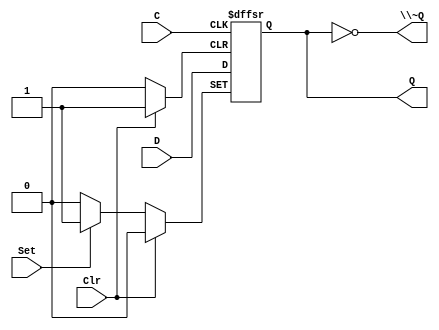
// This program was cloned from: https://github.com/rj45/rj32
// License: MIT License

/*
 * Generated by Digital. Don't modify this file!
 * Any changes will be lost if this file is regenerated.
 */

module rj32_DIG_D_FF_AS_1bit
#(
    parameter Default = 0
)
(
   input Set,
   input D,
   input C,
   input Clr,
   output Q,
   output \~Q
);
    reg state;

    assign Q = state;
    assign \~Q  = ~state;

    always @ (posedge C or posedge Clr or posedge Set)
    begin
        if (Set)
            state <= 1'b1;
        else if (Clr)
            state <= 'h0;
        else
            state <= D;
    end

    initial begin
        state = Default;
    end
endmodule

module rj32_DIG_Counter_Nbit
#(
    parameter Bits = 2
)
(
    output [(Bits-1):0] out,
    output ovf,
    input C,
    input en,
    input clr
);
    reg [(Bits-1):0] count;

    always @ (posedge C) begin
        if (clr)
          count <= 'h0;
        else if (en)
          count <= count + 1'b1;
    end

    assign out = count;
    assign ovf = en? &count : 1'b0;

    initial begin
        count = 'h0;
    end
endmodule


module rj32_Mux_2x1
(
    input [0:0] sel,
    input in_0,
    input in_1,
    output reg out
);
    always @ (*) begin
        case (sel)
            1'h0: out = in_0;
            1'h1: out = in_1;
            default:
                out = 'h0;
        endcase
    end
endmodule

module rj32_DIG_D_FF_1bit
#(
    parameter Default = 0
)
(
   input D,
   input C,
   output Q,
   output \~Q
);
    reg state;

    assign Q = state;
    assign \~Q = ~state;

    always @ (posedge C) begin
        state <= D;
    end

    initial begin
        state = Default;
    end
endmodule


module rj32_clockctrl (
  input clock,
  input step,
  input slow,
  input fast,
  input faster,
  input efast,
  output stall
);
  wire s0;
  wire s1;
  wire s2;
  wire s3;
  wire s4;
  wire s5;
  wire [22:0] s6;
  wire s7;
  wire s8;
  wire s9;
  wire s10;
  wire s11;
  rj32_DIG_D_FF_AS_1bit #(
    .Default(0)
  )
  DIG_D_FF_AS_1bit_i0 (
    .Set( 1'b0 ),
    .D( s3 ),
    .C( clock ),
    .Clr( step ),
    .Q( s4 )
  );
  assign s3 = (s4 | slow);
  rj32_DIG_Counter_Nbit #(
    .Bits(23)
  )
  DIG_Counter_Nbit_i1 (
    .en( s4 ),
    .C( clock ),
    .clr( step ),
    .out( s6 )
  );
  assign s5 = (s7 | step);
  rj32_DIG_D_FF_AS_1bit #(
    .Default(0)
  )
  DIG_D_FF_AS_1bit_i2 (
    .Set( 1'b0 ),
    .D( s10 ),
    .C( clock ),
    .Clr( step ),
    .Q( s11 )
  );
  assign s10 = (fast | efast | s11);
  rj32_Mux_2x1 Mux_2x1_i3 (
    .sel( faster ),
    .in_0( s8 ),
    .in_1( s9 ),
    .out( s7 )
  );
  rj32_DIG_D_FF_AS_1bit #(
    .Default(0)
  )
  DIG_D_FF_AS_1bit_i4 (
    .Set( s5 ),
    .D( 1'b0 ),
    .C( clock ),
    .Clr( 1'b0 ),
    .Q( s1 )
  );
  assign s8 = s6[22];
  assign s9 = s6[8];
  rj32_DIG_D_FF_1bit #(
    .Default(0)
  )
  DIG_D_FF_1bit_i5 (
    .D( s1 ),
    .C( clock ),
    .\~Q ( s2 )
  );
  assign s0 = ((s1 & s2) | s11);
  rj32_DIG_D_FF_1bit #(
    .Default(0)
  )
  DIG_D_FF_1bit_i6 (
    .D( s0 ),
    .C( clock ),
    .\~Q ( stall )
  );
endmodule

module rj32_Mux_2x1_NBits #(
    parameter Bits = 2
)
(
    input [0:0] sel,
    input [(Bits - 1):0] in_0,
    input [(Bits - 1):0] in_1,
    output reg [(Bits - 1):0] out
);
    always @ (*) begin
        case (sel)
            1'h0: out = in_0;
            1'h1: out = in_1;
            default:
                out = 'h0;
        endcase
    end
endmodule


module rj32_DIG_CounterPreset #(
    parameter Bits = 2,
    parameter maxValue = 4
)
(
    input C,
    input en,
    input clr,
    input dir,
    input [(Bits-1):0] in,
    input ld,
    output [(Bits-1):0] out,
    output ovf
);

    reg [(Bits-1):0] count = 'h0;

    function [(Bits-1):0] maxVal (input [(Bits-1):0] maxv);
        if (maxv == 0)
            maxVal = (1 << Bits) - 1;
        else
            maxVal = maxv;
    endfunction

    assign out = count;
    assign ovf = ((count == maxVal(maxValue) & dir == 1'b0)
                  | (count == 'b0 & dir == 1'b1))? en : 1'b0;

    always @ (posedge C) begin
        if (clr == 1'b1)
            count <= 'h0;
        else if (ld == 1'b1)
            count <= in;
        else if (en == 1'b1) begin
            if (dir == 1'b0) begin
                if (count == maxVal(maxValue))
                    count <= 'h0;
                else
                    count <= count + 1'b1;
            end
            else begin
                if (count == 'h0)
                    count <= maxVal(maxValue);
                else
                    count <= count - 1;
            end
        end
    end
endmodule


module rj32_DIG_Register_BUS #(
    parameter Bits = 1
)
(
    input C,
    input en,
    input [(Bits - 1):0]D,
    output [(Bits - 1):0]Q
);

    reg [(Bits - 1):0] state = 'h0;

    assign Q = state;

    always @ (posedge C) begin
        if (en)
            state <= D;
   end
endmodule

module rj32_fetch (
  input [15:0] result,
  input [15:0] instr_i,
  input clock,
  input fetch,
  input jump,
  input en,
  output [15:0] instr_o,
  output [15:0] pc
);
  wire s0;
  wire s1;
  wire [15:0] s2;
  assign s1 = (jump & en);
  assign s0 = (fetch & s1);
  rj32_Mux_2x1_NBits #(
    .Bits(16)
  )
  Mux_2x1_NBits_i0 (
    .sel( s1 ),
    .in_0( instr_i ),
    .in_1( 16'b0 ),
    .out( s2 )
  );
  // PC
  rj32_DIG_CounterPreset #(
    .Bits(16),
    .maxValue(0)
  )
  DIG_CounterPreset_i1 (
    .en( fetch ),
    .C( clock ),
    .dir( 1'b0 ),
    .in( result ),
    .ld( s0 ),
    .clr( 1'b0 ),
    .out( pc )
  );
  // IR
  rj32_DIG_Register_BUS #(
    .Bits(16)
  )
  DIG_Register_BUS_i2 (
    .D( s2 ),
    .C( clock ),
    .en( fetch ),
    .Q( instr_o )
  );
endmodule

module rj32_DIG_Register
(
    input C,
    input en,
    input D,
    output Q
);

    reg  state = 'h0;

    assign Q = state;

    always @ (posedge C) begin
        if (en)
            state <= D;
   end
endmodule

module rj32_CompUnsigned #(
    parameter Bits = 1
)
(
    input [(Bits -1):0] a,
    input [(Bits -1):0] b,
    output \> ,
    output \= ,
    output \<
);
    assign \> = a > b;
    assign \= = a == b;
    assign \< = a < b;
endmodule


module rj32_mcsequencer (
  input [4:0] op,
  input clock,
  input en,
  input [2:0] flags,
  input [2:0] fmask,
  input [4:0] next_t,
  input [4:0] next_f,
  output [5:0] uop,
  output \~nbusy ,
  output busy
);
  wire [4:0] s0;
  wire [4:0] s1;
  wire s2;
  wire [4:0] s3;
  wire s4;
  wire \~nbusy_temp ;
  wire s5;
  wire s6;
  wire [2:0] s7;
  assign s7 = (flags & fmask);
  // true?
  rj32_CompUnsigned #(
    .Bits(3)
  )
  CompUnsigned_i0 (
    .a( s7 ),
    .b( fmask ),
    .\= ( s6 )
  );
  rj32_Mux_2x1_NBits #(
    .Bits(5)
  )
  Mux_2x1_NBits_i1 (
    .sel( s6 ),
    .in_0( next_f ),
    .in_1( next_t ),
    .out( s0 )
  );
  // step
  rj32_DIG_Register_BUS #(
    .Bits(5)
  )
  DIG_Register_BUS_i2 (
    .D( s0 ),
    .C( clock ),
    .en( en ),
    .Q( s1 )
  );
  // ~nbusy?
  rj32_CompUnsigned #(
    .Bits(5)
  )
  CompUnsigned_i3 (
    .a( s0 ),
    .b( 5'b0 ),
    .\= ( s4 )
  );
  // op?
  rj32_CompUnsigned #(
    .Bits(5)
  )
  CompUnsigned_i4 (
    .a( s1 ),
    .b( 5'b0 ),
    .\= ( s2 )
  );
  assign \~nbusy_temp  = (s4 | ~ en);
  rj32_Mux_2x1_NBits #(
    .Bits(5)
  )
  Mux_2x1_NBits_i5 (
    .sel( s2 ),
    .in_0( s1 ),
    .in_1( op ),
    .out( s3 )
  );
  assign s5 = ~ \~nbusy_temp ;
  assign uop[4:0] = s3;
  assign uop[5] = ~ s2;
  // busy?
  rj32_DIG_Register DIG_Register_i6 (
    .D( s5 ),
    .C( clock ),
    .en( en ),
    .Q( busy )
  );
  assign \~nbusy  = \~nbusy_temp ;
endmodule
module rj32_DIG_ROM_64X32_Microcode (
    input [5:0] A,
    input sel,
    output reg [31:0] D
);
    reg [31:0] my_rom [0:38];

    always @ (*) begin
        if (~sel)
            D = 32'hz;
        else if (A > 6'h26)
            D = 32'h0;
        else
            D = my_rom[A];
    end

    initial begin
        my_rom[0] = 32'h0;
        my_rom[1] = 32'h0;
        my_rom[2] = 32'h8400002;
        my_rom[3] = 32'h10800001;
        my_rom[4] = 32'h34;
        my_rom[5] = 32'h0;
        my_rom[6] = 32'h700;
        my_rom[7] = 32'h0;
        my_rom[8] = 32'h0;
        my_rom[9] = 32'h4;
        my_rom[10] = 32'h304;
        my_rom[11] = 32'h0;
        my_rom[12] = 32'h20c80040;
        my_rom[13] = 32'h314800c0;
        my_rom[14] = 32'h540;
        my_rom[15] = 32'hc0;
        my_rom[16] = 32'h100;
        my_rom[17] = 32'h108;
        my_rom[18] = 32'h100;
        my_rom[19] = 32'h108;
        my_rom[20] = 32'h128;
        my_rom[21] = 32'h130;
        my_rom[22] = 32'h138;
        my_rom[23] = 32'h118;
        my_rom[24] = 32'h110;
        my_rom[25] = 32'h120;
        my_rom[26] = 32'h808;
        my_rom[27] = 32'h1008;
        my_rom[28] = 32'h1808;
        my_rom[29] = 32'h2008;
        my_rom[30] = 32'h2808;
        my_rom[31] = 32'h3008;
        my_rom[32] = 32'h0;
        my_rom[33] = 32'h8400002;
        my_rom[34] = 32'h10800001;
        my_rom[35] = 32'h500;
        my_rom[36] = 32'h20c80040;
        my_rom[37] = 32'h0;
        my_rom[38] = 32'h314800c0;
    end
endmodule


module rj32_control (
  input [4:0] op,
  input stall,
  input clock,
  input skip_n,
  input ack,
  output [2:0] aluop,
  output [2:0] cond,
  output skip,
  output halt,
  output error,
  output en_write,
  output mem,
  output store,
  output en_fetch,
  output jump,
  output write,
  output [1:0] wrmux
);
  wire skip_temp;
  wire en_write_temp;
  wire en_skip;
  wire [5:0] s0;
  wire [31:0] s1;
  wire [2:0] s2;
  wire [4:0] s3;
  wire [4:0] s4;
  wire [2:0] flags;
  wire \~nbusy_t ;
  wire busy;
  assign flags[0] = ack;
  assign flags[1] = 1'b0;
  assign flags[2] = 1'b0;
  // skip
  rj32_DIG_Register DIG_Register_i0 (
    .D( skip_n ),
    .C( clock ),
    .en( en_skip ),
    .Q( skip_temp )
  );
  rj32_mcsequencer mcsequencer_i1 (
    .op( op ),
    .clock( clock ),
    .en( en_write_temp ),
    .flags( flags ),
    .fmask( s2 ),
    .next_t( s3 ),
    .next_f( s4 ),
    .uop( s0 ),
    .\~nbusy ( \~nbusy_t  ),
    .busy( busy )
  );
  assign en_skip = (~ stall | busy);
  assign en_write_temp = (~ skip_temp & en_skip);
  // Microcode
  rj32_DIG_ROM_64X32_Microcode DIG_ROM_64X32_Microcode_i2 (
    .A( s0 ),
    .sel( 1'b1 ),
    .D( s1 )
  );
  assign en_fetch = (en_skip & \~nbusy_t );
  assign halt = (en_write_temp & s1[0]);
  assign error = (s1[1] & en_write_temp);
  assign jump = s1[2];
  assign aluop = s1[5:3];
  assign mem = s1[6];
  assign store = s1[7];
  assign write = s1[8];
  assign wrmux = s1[10:9];
  assign cond = s1[13:11];
  assign s2 = s1[21:19];
  assign s3 = s1[26:22];
  assign s4 = s1[31:27];
  assign skip = skip_temp;
  assign en_write = en_write_temp;
endmodule

module rj32_Mux_4x1_NBits #(
    parameter Bits = 2
)
(
    input [1:0] sel,
    input [(Bits - 1):0] in_0,
    input [(Bits - 1):0] in_1,
    input [(Bits - 1):0] in_2,
    input [(Bits - 1):0] in_3,
    output reg [(Bits - 1):0] out
);
    always @ (*) begin
        case (sel)
            2'h0: out = in_0;
            2'h1: out = in_1;
            2'h2: out = in_2;
            2'h3: out = in_3;
            default:
                out = 'h0;
        endcase
    end
endmodule


module rj32_writeback (
  input [15:0] L,
  input [15:0] R,
  input [15:0] result,
  input [15:0] rdval,
  input [15:0] D,
  input [1:0] wrmux,
  output [15:0] wrval,
  output [15:0] result_out,
  output [15:0] rdval_out
);
  rj32_Mux_4x1_NBits #(
    .Bits(16)
  )
  Mux_4x1_NBits_i0 (
    .sel( wrmux ),
    .in_0( result ),
    .in_1( L ),
    .in_2( D ),
    .in_3( R ),
    .out( wrval )
  );
  assign result_out = result;
  assign rdval_out = rdval;
endmodule

module rj32_memaccess (
  input [15:0] result,
  input [15:0] rdval,
  input store,
  input en,
  output [15:0] A,
  output str,
  output [15:0] D_in
);
  assign str = (store & en);
  assign A = result;
  assign D_in = rdval;
endmodule

module rj32_Decoder2 (
    output out_0,
    output out_1,
    output out_2,
    output out_3,
    input [1:0] sel
);
    assign out_0 = (sel == 2'h0)? 1'b1 : 1'b0;
    assign out_1 = (sel == 2'h1)? 1'b1 : 1'b0;
    assign out_2 = (sel == 2'h2)? 1'b1 : 1'b0;
    assign out_3 = (sel == 2'h3)? 1'b1 : 1'b0;
endmodule


module rj32_Demux1
(
    output out_0,
    output out_1,
    input [0:0] sel,
    input in
);
    assign out_0 = (sel == 1'h0)? in : 'd0;
    assign out_1 = (sel == 1'h1)? in : 'd0;
endmodule


module rj32_instdecoder (
  input [1:0] fmt,
  input [4:0] op0,
  output [4:0] op,
  output rd_valid,
  output rs_valid,
  output imm_valid,
  output mem,
  output i11
);
  wire rr;
  wire s0;
  wire mem_temp;
  wire ri6;
  wire [4:0] s1;
  wire [4:0] s2;
  wire [4:0] s3;
  wire [4:0] s4;
  wire i11_temp;
  wire s5;
  wire ri8;
  wire [4:0] s6;
  rj32_Decoder2 Decoder2_i0 (
    .sel( fmt ),
    .out_0( rr ),
    .out_1( s0 ),
    .out_2( mem_temp ),
    .out_3( ri6 )
  );
  assign s2[1:0] = op0[1:0];
  assign s2[4:2] = 3'b11;
  assign s4[0] = op0[1];
  assign s4[4:1] = 4'b11;
  assign s3[3:0] = op0[3:0];
  assign s3[4] = 1'b1;
  assign s6[1:0] = op0[2:1];
  assign s6[4:2] = 3'b10;
  assign s5 = op0[0];
  assign rs_valid = (mem_temp | rr);
  assign imm_valid = ~ (rr | mem_temp);
  rj32_Demux1 Demux1_i1 (
    .sel( s5 ),
    .in( s0 ),
    .out_0( ri8 ),
    .out_1( i11_temp )
  );
  rj32_Mux_2x1_NBits #(
    .Bits(5)
  )
  Mux_2x1_NBits_i2 (
    .sel( s5 ),
    .in_0( s4 ),
    .in_1( s6 ),
    .out( s1 )
  );
  rj32_Mux_4x1_NBits #(
    .Bits(5)
  )
  Mux_4x1_NBits_i3 (
    .sel( fmt ),
    .in_0( op0 ),
    .in_1( s1 ),
    .in_2( s2 ),
    .in_3( s3 ),
    .out( op )
  );
  assign rd_valid = ~ i11_temp;
  assign mem = mem_temp;
  assign i11 = i11_temp;
endmodule
module rj32_DIG_BitExtender #(
    parameter inputBits = 2,
    parameter outputBits = 4
)
(
    input [(inputBits-1):0] in,
    output [(outputBits - 1):0] out
);
    assign out = {{(outputBits - inputBits){in[inputBits - 1]}}, in};
endmodule




module rj32_decoder (
  input [15:0] rdval,
  input [15:0] rsval,
  input [15:0] instr,
  input [15:0] pc,
  input jump,
  output [3:0] rs,
  output [3:0] rd,
  output [15:0] L,
  output [15:0] R,
  output [4:0] op,
  output rs_valid,
  output rd_valid,
  output [15:0] imm,
  output immv
);
  wire [1:0] fmt;
  wire [4:0] op0;
  wire rd_valid_temp;
  wire rs_valid_temp;
  wire imm_valid;
  wire mem;
  wire i11;
  wire [3:0] rs_i;
  wire [3:0] rd_i;
  wire [5:0] s0;
  wire [7:0] s1;
  wire [10:0] s2;
  wire [15:0] imm11;
  wire [15:0] imm6;
  wire [15:0] imm_temp;
  wire [15:0] s3;
  wire [15:0] imm8;
  wire [15:0] off4;
  wire [15:0] s4;
  assign off4[3:0] = instr[7:4];
  assign off4[15:4] = 12'b0;
  rj32_Mux_2x1_NBits #(
    .Bits(16)
  )
  Mux_2x1_NBits_i0 (
    .sel( jump ),
    .in_0( rdval ),
    .in_1( pc ),
    .out( s3 )
  );
  assign fmt = instr[1:0];
  assign op0 = instr[6:2];
  assign rs_i = instr[11:8];
  assign rd_i = instr[15:12];
  assign s0 = instr[11:6];
  assign s1 = instr[11:4];
  assign s2 = instr[15:5];
  rj32_instdecoder instdecoder_i1 (
    .fmt( fmt ),
    .op0( op0 ),
    .op( op ),
    .rd_valid( rd_valid_temp ),
    .rs_valid( rs_valid_temp ),
    .imm_valid( imm_valid ),
    .mem( mem ),
    .i11( i11 )
  );
  rj32_DIG_BitExtender #(
    .inputBits(11),
    .outputBits(16)
  )
  DIG_BitExtender_i2 (
    .in( s2 ),
    .out( imm11 )
  );
  rj32_DIG_BitExtender #(
    .inputBits(6),
    .outputBits(16)
  )
  DIG_BitExtender_i3 (
    .in( s0 ),
    .out( imm6 )
  );
  rj32_DIG_BitExtender #(
    .inputBits(8),
    .outputBits(16)
  )
  DIG_BitExtender_i4 (
    .in( s1 ),
    .out( imm8 )
  );
  rj32_Mux_2x1_NBits #(
    .Bits(4)
  )
  Mux_2x1_NBits_i5 (
    .sel( rd_valid_temp ),
    .in_0( 4'b0 ),
    .in_1( rd_i ),
    .out( rd )
  );
  rj32_Mux_2x1_NBits #(
    .Bits(4)
  )
  Mux_2x1_NBits_i6 (
    .sel( rs_valid_temp ),
    .in_0( 4'b0 ),
    .in_1( rs_i ),
    .out( rs )
  );
  assign immv = (imm_valid | mem);
  rj32_Mux_2x1_NBits #(
    .Bits(16)
  )
  Mux_2x1_NBits_i7 (
    .sel( i11 ),
    .in_0( imm8 ),
    .in_1( imm11 ),
    .out( s4 )
  );
  rj32_Mux_4x1_NBits #(
    .Bits(16)
  )
  Mux_4x1_NBits_i8 (
    .sel( fmt ),
    .in_0( 16'b0 ),
    .in_1( s4 ),
    .in_2( off4 ),
    .in_3( imm6 ),
    .out( imm_temp )
  );
  rj32_Mux_2x1_NBits #(
    .Bits(16)
  )
  Mux_2x1_NBits_i9 (
    .sel( imm_valid ),
    .in_0( rsval ),
    .in_1( imm_temp ),
    .out( R )
  );
  rj32_Mux_2x1_NBits #(
    .Bits(16)
  )
  Mux_2x1_NBits_i10 (
    .sel( mem ),
    .in_0( s3 ),
    .in_1( imm_temp ),
    .out( L )
  );
  assign rs_valid = rs_valid_temp;
  assign rd_valid = rd_valid_temp;
  assign imm = imm_temp;
endmodule
module rj32_DIG_BitExtenderSingle #(
    parameter outputBits = 2
)
(
    input in,
    output [(outputBits - 1):0] out
);
    assign out = {outputBits{in}};
endmodule



module rj32_DIG_Add
#(
    parameter Bits = 1
)
(
    input [(Bits-1):0] a,
    input [(Bits-1):0] b,
    input c_i,
    output [(Bits - 1):0] s,
    output c_o
);
   wire [Bits:0] temp;

   assign temp = a + b + c_i;
   assign s = temp [(Bits-1):0];
   assign c_o = temp[Bits];
endmodule



module rj32_funnelshifter (
  input [15:0] I,
  input [3:0] amt,
  input dir,
  input arith,
  output [15:0] O
);
  wire [1:0] s0;
  wire [15:0] s1;
  wire [15:0] s2;
  wire [15:0] s3;
  wire [15:0] s4;
  wire [15:0] s5;
  wire [18:0] s6;
  wire [1:0] s7;
  wire [18:0] s8;
  wire [18:0] s9;
  wire [18:0] s10;
  wire [18:0] s11;
  wire [30:0] s12;
  wire [3:0] s13;
  wire [15:0] s14;
  wire [15:0] s15;
  wire [31:0] s16;
  wire [3:0] s17;
  wire s18;
  wire [3:0] s19;
  wire [15:0] s20;
  wire s21;
  wire [15:0] s22;
  assign s19 = ~ amt;
  assign s21 = I[15];
  rj32_Mux_2x1_NBits #(
    .Bits(4)
  )
  Mux_2x1_NBits_i0 (
    .sel( dir ),
    .in_0( amt ),
    .in_1( s19 ),
    .out( s17 )
  );
  rj32_DIG_BitExtenderSingle #(
    .outputBits(16)
  )
  DIG_BitExtenderSingle_i1 (
    .in( s21 ),
    .out( s22 )
  );
  rj32_DIG_Add #(
    .Bits(4)
  )
  DIG_Add_i2 (
    .a( 4'b0 ),
    .b( s17 ),
    .c_i( dir ),
    .s( s13 ),
    .c_o( s18 )
  );
  rj32_Mux_2x1_NBits #(
    .Bits(16)
  )
  Mux_2x1_NBits_i3 (
    .sel( arith ),
    .in_0( 16'b0 ),
    .in_1( s22 ),
    .out( s20 )
  );
  rj32_Mux_2x1_NBits #(
    .Bits(16)
  )
  Mux_2x1_NBits_i4 (
    .sel( dir ),
    .in_0( I ),
    .in_1( s20 ),
    .out( s14 )
  );
  rj32_Mux_2x1_NBits #(
    .Bits(16)
  )
  Mux_2x1_NBits_i5 (
    .sel( dir ),
    .in_0( s20 ),
    .in_1( I ),
    .out( s15 )
  );
  assign s0 = s13[1:0];
  assign s7 = s13[3:2];
  assign s16[15:0] = s14;
  assign s16[31:16] = s15;
  assign s12 = s16[30:0];
  assign s8 = s12[18:0];
  assign s9 = s12[22:4];
  assign s10 = s12[26:8];
  assign s11 = s12[30:12];
  rj32_Mux_4x1_NBits #(
    .Bits(19)
  )
  Mux_4x1_NBits_i6 (
    .sel( s7 ),
    .in_0( s8 ),
    .in_1( s9 ),
    .in_2( s10 ),
    .in_3( s11 ),
    .out( s6 )
  );
  assign s1 = s6[15:0];
  assign s2 = s6[16:1];
  assign s3 = s6[17:2];
  assign s4 = s6[18:3];
  rj32_Mux_4x1_NBits #(
    .Bits(16)
  )
  Mux_4x1_NBits_i7 (
    .sel( s0 ),
    .in_0( s1 ),
    .in_1( s2 ),
    .in_2( s3 ),
    .in_3( s4 ),
    .out( s5 )
  );
  rj32_Mux_2x1_NBits #(
    .Bits(16)
  )
  Mux_2x1_NBits_i8 (
    .sel( s18 ),
    .in_0( s5 ),
    .in_1( s15 ),
    .out( O )
  );
endmodule

module rj32_Mux_8x1_NBits #(
    parameter Bits = 2
)
(
    input [2:0] sel,
    input [(Bits - 1):0] in_0,
    input [(Bits - 1):0] in_1,
    input [(Bits - 1):0] in_2,
    input [(Bits - 1):0] in_3,
    input [(Bits - 1):0] in_4,
    input [(Bits - 1):0] in_5,
    input [(Bits - 1):0] in_6,
    input [(Bits - 1):0] in_7,
    output reg [(Bits - 1):0] out
);
    always @ (*) begin
        case (sel)
            3'h0: out = in_0;
            3'h1: out = in_1;
            3'h2: out = in_2;
            3'h3: out = in_3;
            3'h4: out = in_4;
            3'h5: out = in_5;
            3'h6: out = in_6;
            3'h7: out = in_7;
            default:
                out = 'h0;
        endcase
    end
endmodule


module rj32_Mux_8x1
(
    input [2:0] sel,
    input in_0,
    input in_1,
    input in_2,
    input in_3,
    input in_4,
    input in_5,
    input in_6,
    input in_7,
    output reg out
);
    always @ (*) begin
        case (sel)
            3'h0: out = in_0;
            3'h1: out = in_1;
            3'h2: out = in_2;
            3'h3: out = in_3;
            3'h4: out = in_4;
            3'h5: out = in_5;
            3'h6: out = in_6;
            3'h7: out = in_7;
            default:
                out = 'h0;
        endcase
    end
endmodule


module rj32_execute (
  input [15:0] L,
  input [15:0] R,
  input [2:0] op,
  input [2:0] cond,
  output [15:0] L_out,
  output [15:0] R_out,
  output [15:0] result,
  output skip_n
);
  wire [15:0] s0;
  wire [15:0] s1;
  wire [15:0] \xor ;
  wire [15:0] s2;
  wire [15:0] s3;
  wire s4;
  wire [15:0] s5;
  wire [15:0] s6;
  wire s7;
  wire s8;
  wire hs;
  wire ne;
  wire eq;
  wire ge;
  wire lt;
  wire [3:0] s9;
  assign s5 = ~ R;
  assign \xor  = (L ^ R);
  assign s2 = (L & R);
  assign s3 = (L | R);
  assign s4 = op[0];
  assign s7 = op[2];
  assign s9 = R[3:0];
  rj32_Mux_2x1_NBits #(
    .Bits(16)
  )
  Mux_2x1_NBits_i0 (
    .sel( s4 ),
    .in_0( R ),
    .in_1( s5 ),
    .out( s6 )
  );
  // eq
  rj32_CompUnsigned #(
    .Bits(16)
  )
  CompUnsigned_i1 (
    .a( \xor  ),
    .b( 16'b0 ),
    .\= ( ne )
  );
  rj32_funnelshifter funnelshifter_i2 (
    .I( L ),
    .amt( s9 ),
    .dir( s4 ),
    .arith( s7 ),
    .O( s1 )
  );
  assign eq = ~ ne;
  rj32_DIG_Add #(
    .Bits(16)
  )
  DIG_Add_i3 (
    .a( L ),
    .b( s6 ),
    .c_i( s4 ),
    .s( s0 ),
    .c_o( s8 )
  );
  rj32_Mux_8x1_NBits #(
    .Bits(16)
  )
  Mux_8x1_NBits_i4 (
    .sel( op ),
    .in_0( s0 ),
    .in_1( s0 ),
    .in_2( s1 ),
    .in_3( s1 ),
    .in_4( s1 ),
    .in_5( \xor  ),
    .in_6( s2 ),
    .in_7( s3 ),
    .out( result )
  );
  assign hs = ~ s8;
  assign ge = (s0[15] ^ ((L[15] & s6[15] & ~ s0[15]) | (~ L[15] & ~ s6[15] & s0[15])));
  assign lt = ~ ge;
  rj32_Mux_8x1 Mux_8x1_i5 (
    .sel( cond ),
    .in_0( 1'b0 ),
    .in_1( eq ),
    .in_2( ne ),
    .in_3( lt ),
    .in_4( ge ),
    .in_5( s8 ),
    .in_6( hs ),
    .in_7( 1'b0 ),
    .out( skip_n )
  );
  assign L_out = L;
  assign R_out = R;
endmodule
module rj32_DIG_RegisterFile
#(
    parameter Bits = 8,
    parameter AddrBits = 4
)
(
    input [(Bits-1):0] Din,
    input we,
    input [(AddrBits-1):0] Rw,
    input C,
    input [(AddrBits-1):0] Ra,
    input [(AddrBits-1):0] Rb,
    output [(Bits-1):0] Da,
    output [(Bits-1):0] Db
);

    reg [(Bits-1):0] memory[0:((1 << AddrBits)-1)];

    assign Da = memory[Ra];
    assign Db = memory[Rb];

    always @ (posedge C) begin
        if (we)
            memory[Rw] <= Din;
    end
endmodule


module rj32_regfile (
  input [3:0] rs,
  input [3:0] rd,
  input [15:0] wrval,
  input clock,
  input en,
  input wr,
  output [15:0] rdval,
  output [15:0] rsval
);
  wire s0;
  assign s0 = (en & wr);
  rj32_DIG_RegisterFile #(
    .Bits(16),
    .AddrBits(4)
  )
  DIG_RegisterFile_i0 (
    .Din( wrval ),
    .we( s0 ),
    .Rw( rd ),
    .C( clock ),
    .Ra( rd ),
    .Rb( rs ),
    .Da( rdval ),
    .Db( rsval )
  );
endmodule
module rj32_DIG_RAMDualAccess
#(
    parameter Bits = 8,
    parameter AddrBits = 4
)
(
    input C, // Clock signal
    input ld,
    input [(AddrBits-1):0] \1A ,
    input [(AddrBits-1):0] \2A ,
    input [(Bits-1):0] \1Din ,
    input str,
    output [(Bits-1):0] \1D ,
    output [(Bits-1):0] \2D
);
    // CAUTION: uses distributed RAM
    reg [(Bits-1):0] memory [0:((1 << AddrBits)-1)];

    assign \1D = ld? memory[\1A ] : 'hz;
    assign \2D = memory[\2A ];

    always @ (posedge C) begin
        if (str)
            memory[\1A ] <= \1Din ;
    end

endmodule



module rj32_debugregs (
  input [15:0] data_in,
  input valid_in,
  input [7:0] addr_in,
  input ready_in,
  input write,
  input en,
  input clock,
  input [3:0] rd,
  input [15:0] wrval,
  input [7:0] sel,
  output [15:0] data_out,
  output valid_out,
  output [7:0] addr_out,
  output ready_out
);
  wire s0;
  wire [3:0] s1;
  wire [15:0] s2;
  wire [3:0] s3;
  wire [3:0] s4;
  wire s5;
  assign s0 = (en & write);
  assign s1 = addr_in[3:0];
  assign s3 = addr_in[7:4];
  assign s4 = sel[7:4];
  rj32_DIG_RAMDualAccess #(
    .Bits(16),
    .AddrBits(4)
  )
  DIG_RAMDualAccess_i0 (
    .str( s0 ),
    .C( clock ),
    .ld( 1'b0 ),
    .\1A ( rd ),
    .\1Din ( wrval ),
    .\2A ( s1 ),
    .\2D ( s2 )
  );
  // active?
  rj32_CompUnsigned #(
    .Bits(4)
  )
  CompUnsigned_i1 (
    .a( s3 ),
    .b( s4 ),
    .\= ( s5 )
  );
  rj32_Mux_2x1_NBits #(
    .Bits(16)
  )
  Mux_2x1_NBits_i2 (
    .sel( s5 ),
    .in_0( data_in ),
    .in_1( s2 ),
    .out( data_out )
  );
  assign valid_out = (s5 | valid_in);
  assign addr_out = addr_in;
  assign ready_out = ready_in;
endmodule

module rj32_debugmux (
  input [15:0] data_in,
  input valid_in,
  input [7:0] addr_in,
  input ready_in,
  input [7:0] sel,
  input [15:0] in_0,
  input [15:0] in_1,
  input [15:0] in_2,
  input [15:0] in_3,
  input [15:0] in_4,
  input [15:0] in_5,
  input [15:0] in_6,
  input [15:0] in_7,
  output [15:0] data_out,
  output valid_out,
  output [7:0] addr_out,
  output ready_out
);
  wire [4:0] s0;
  wire [4:0] s1;
  wire s2;
  wire [2:0] s3;
  wire [15:0] s4;
  assign s3 = addr_in[2:0];
  assign s0 = addr_in[7:3];
  assign s1 = sel[7:3];
  // active?
  rj32_CompUnsigned #(
    .Bits(5)
  )
  CompUnsigned_i0 (
    .a( s0 ),
    .b( s1 ),
    .\= ( s2 )
  );
  rj32_Mux_8x1_NBits #(
    .Bits(16)
  )
  Mux_8x1_NBits_i1 (
    .sel( s3 ),
    .in_0( in_0 ),
    .in_1( in_1 ),
    .in_2( in_2 ),
    .in_3( in_3 ),
    .in_4( in_4 ),
    .in_5( in_5 ),
    .in_6( in_6 ),
    .in_7( in_7 ),
    .out( s4 )
  );
  rj32_Mux_2x1_NBits #(
    .Bits(16)
  )
  Mux_2x1_NBits_i2 (
    .sel( s2 ),
    .in_0( data_in ),
    .in_1( s4 ),
    .out( data_out )
  );
  assign valid_out = (s2 | valid_in);
  assign addr_out = addr_in;
  assign ready_out = ready_in;
endmodule

module rj32_debugbus (
  input db_ready,
  input clock,
  input [15:0] ctrl,
  input [15:0] wrval,
  input [15:0] result,
  input [15:0] L,
  input [15:0] R,
  input [15:0] imm,
  input [15:0] pc,
  input [15:0] fullop,
  input [15:0] rdf,
  input [15:0] rsf,
  output [25:0] db
);
  wire [7:0] s0;
  wire s1;
  wire s2;
  wire [3:0] s3;
  wire [15:0] s4;
  wire s5;
  wire [7:0] s6;
  wire s7;
  wire [15:0] s8;
  wire s9;
  wire [7:0] s10;
  wire s11;
  wire s12;
  wire s13;
  wire [15:0] s14;
  wire [7:0] s15;
  assign s1 = ctrl[10];
  assign s2 = ctrl[12];
  assign s3 = rdf[3:0];
  rj32_debugregs debugregs_i0 (
    .data_in( 16'b0 ),
    .valid_in( 1'b0 ),
    .addr_in( s0 ),
    .ready_in( db_ready ),
    .write( s1 ),
    .en( s2 ),
    .clock( clock ),
    .rd( s3 ),
    .wrval( wrval ),
    .sel( 8'b0 ),
    .data_out( s4 ),
    .valid_out( s5 ),
    .addr_out( s6 ),
    .ready_out( s7 )
  );
  rj32_debugmux debugmux_i1 (
    .data_in( s4 ),
    .valid_in( s5 ),
    .addr_in( s6 ),
    .ready_in( s7 ),
    .sel( 8'b10000 ),
    .in_0( fullop ),
    .in_1( ctrl ),
    .in_2( L ),
    .in_3( R ),
    .in_4( result ),
    .in_5( wrval ),
    .in_6( imm ),
    .in_7( pc ),
    .data_out( s8 ),
    .valid_out( s9 ),
    .addr_out( s10 ),
    .ready_out( s11 )
  );
  // Addr Enumerator
  rj32_DIG_Counter_Nbit #(
    .Bits(8)
  )
  DIG_Counter_Nbit_i2 (
    .en( db_ready ),
    .C( clock ),
    .clr( s13 ),
    .out( s0 )
  );
  rj32_debugmux debugmux_i3 (
    .data_in( s8 ),
    .valid_in( s9 ),
    .addr_in( s10 ),
    .ready_in( s11 ),
    .sel( 8'b11000 ),
    .in_0( rdf ),
    .in_1( rsf ),
    .in_2( 16'b0 ),
    .in_3( 16'b0 ),
    .in_4( 16'b0 ),
    .in_5( 16'b0 ),
    .in_6( 16'b0 ),
    .in_7( 16'b0 ),
    .data_out( s14 ),
    .valid_out( s12 ),
    .addr_out( s15 )
  );
  assign s13 = ~ s12;
  assign db[15:0] = s14;
  assign db[16] = s12;
  assign db[24:17] = s15;
  assign db[25] = clock;
endmodule

module rj32 (
  input clock,
  input step,
  input run_slow,
  input [15:0] D_prog,
  input [15:0] D_in,
  input run_fast,
  input run_faster,
  input erun,
  input ack,
  output halt,
  output error,
  output skip,
  output stall,
  output [7:0] A_prog,
  output clock_m,
  output [15:0] A_data,
  output [15:0] D_out,
  output w_en,
  output [25:0] db,
  output req
);
  wire [15:0] s0;
  wire [15:0] s1;
  wire [15:0] s2;
  wire [15:0] s3;
  wire jump_t;
  wire [3:0] rs_t;
  wire [3:0] rd_t;
  wire [15:0] L_t;
  wire [15:0] R_t;
  wire [4:0] op_t;
  wire rsvalid_t;
  wire rdvalid_t;
  wire [15:0] imm_t;
  wire immv_t;
  wire [2:0] aluop_t;
  wire [2:0] cond_t;
  wire [15:0] s4;
  wire [15:0] s5;
  wire [15:0] result_t;
  wire skip_n;
  wire [15:0] wrval_t;
  wire en;
  wire write_t;
  wire en_fetch;
  wire halt_temp;
  wire error_temp;
  wire stall_temp;
  wire skip_temp;
  wire req_temp;
  wire store_t;
  wire [1:0] wrmux_t;
  wire [15:0] s6;
  wire [15:0] s7;
  wire [15:0] ctrl_t;
  wire [15:0] fullop_t;
  wire [15:0] rdf_t;
  wire [15:0] rsf_t;
  rj32_clockctrl clockctrl_i0 (
    .clock( clock ),
    .step( step ),
    .slow( run_slow ),
    .fast( run_fast ),
    .faster( run_faster ),
    .efast( erun ),
    .stall( stall_temp )
  );
  assign clock_m = ~ clock;
  rj32_fetch fetch_i1 (
    .result( result_t ),
    .instr_i( D_prog ),
    .clock( clock ),
    .fetch( en_fetch ),
    .jump( jump_t ),
    .en( en ),
    .instr_o( s2 ),
    .pc( s3 )
  );
  rj32_control control_i2 (
    .op( op_t ),
    .stall( stall_temp ),
    .clock( clock ),
    .skip_n( skip_n ),
    .ack( ack ),
    .aluop( aluop_t ),
    .cond( cond_t ),
    .skip( skip_temp ),
    .halt( halt_temp ),
    .error( error_temp ),
    .en_write( en ),
    .mem( req_temp ),
    .store( store_t ),
    .en_fetch( en_fetch ),
    .jump( jump_t ),
    .write( write_t ),
    .wrmux( wrmux_t )
  );
  assign ctrl_t[0] = stall_temp;
  assign ctrl_t[1] = skip_temp;
  assign ctrl_t[2] = halt_temp;
  assign ctrl_t[3] = error_temp;
  assign ctrl_t[4] = jump_t;
  assign ctrl_t[7:5] = aluop_t;
  assign ctrl_t[8] = req_temp;
  assign ctrl_t[9] = store_t;
  assign ctrl_t[10] = write_t;
  assign ctrl_t[11] = en_fetch;
  assign ctrl_t[12] = en;
  assign ctrl_t[14:13] = wrmux_t;
  assign ctrl_t[15] = immv_t;
  rj32_writeback writeback_i3 (
    .L( s4 ),
    .R( s5 ),
    .result( result_t ),
    .rdval( s0 ),
    .D( D_in ),
    .wrmux( wrmux_t ),
    .wrval( wrval_t ),
    .result_out( s6 ),
    .rdval_out( s7 )
  );
  rj32_memaccess memaccess_i4 (
    .result( s6 ),
    .rdval( s7 ),
    .store( store_t ),
    .en( en ),
    .A( A_data ),
    .str( w_en ),
    .D_in( D_out )
  );
  assign A_prog = s3[7:0];
  rj32_decoder decoder_i5 (
    .rdval( s0 ),
    .rsval( s1 ),
    .instr( s2 ),
    .pc( s3 ),
    .jump( jump_t ),
    .rs( rs_t ),
    .rd( rd_t ),
    .L( L_t ),
    .R( R_t ),
    .op( op_t ),
    .rs_valid( rsvalid_t ),
    .rd_valid( rdvalid_t ),
    .imm( imm_t ),
    .immv( immv_t )
  );
  rj32_execute execute_i6 (
    .L( L_t ),
    .R( R_t ),
    .op( aluop_t ),
    .cond( cond_t ),
    .L_out( s4 ),
    .R_out( s5 ),
    .result( result_t ),
    .skip_n( skip_n )
  );
  rj32_regfile regfile_i7 (
    .rs( rs_t ),
    .rd( rd_t ),
    .wrval( wrval_t ),
    .clock( clock ),
    .en( en ),
    .wr( write_t ),
    .rdval( s0 ),
    .rsval( s1 )
  );
  rj32_debugbus debugbus_i8 (
    .db_ready( 1'b1 ),
    .clock( clock ),
    .ctrl( ctrl_t ),
    .wrval( wrval_t ),
    .result( result_t ),
    .L( L_t ),
    .R( R_t ),
    .imm( imm_t ),
    .pc( s3 ),
    .fullop( fullop_t ),
    .rdf( rdf_t ),
    .rsf( rsf_t ),
    .db( db )
  );
  assign fullop_t[4:0] = op_t;
  assign fullop_t[7:5] = cond_t;
  assign fullop_t[15:8] = 8'b0;
  assign rdf_t[3:0] = rd_t;
  assign rdf_t[4] = jump_t;
  assign rdf_t[5] = rdvalid_t;
  assign rdf_t[15:6] = 10'b0;
  assign rsf_t[3:0] = rs_t;
  assign rsf_t[4] = 1'b0;
  assign rsf_t[5] = rsvalid_t;
  assign rsf_t[15:6] = 10'b0;
  assign halt = halt_temp;
  assign error = error_temp;
  assign skip = skip_temp;
  assign stall = stall_temp;
  assign req = req_temp;
endmodule